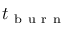
t _ { \mathrm { ~ b ~ u ~ r ~ n ~ } }